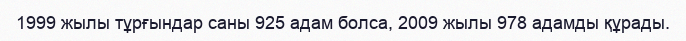
1999 жылы тұрғындар саны 925 адам болса, 2009 жылы 978 адамды құрады.